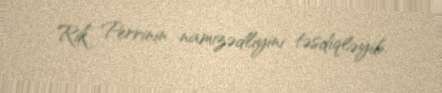
Rik Perrinin namizədliyini təsdiqləyib.